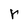
Character: r